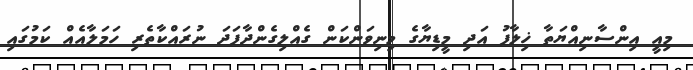
މިއީ އިންސާނިއްޔަތާ ޚިލާފު އަދި މީޑިޔާގެ މިނިވަންކަން ގެއްލިގެންދާފަދަ ނުރައްކާތެރި ހަމަލާއެއް ކަމުގައި